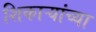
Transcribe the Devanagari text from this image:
शिकाऱ्यांच्या